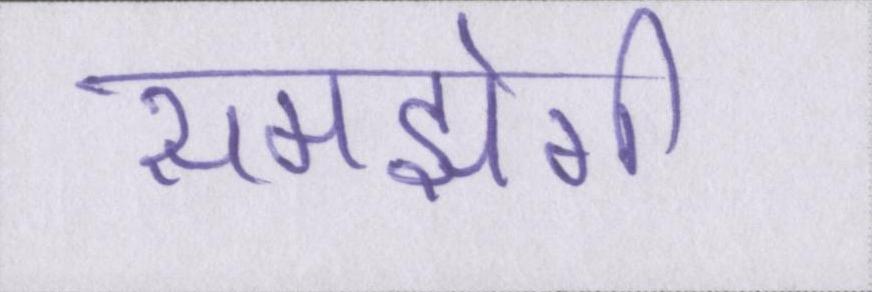
समझेगी